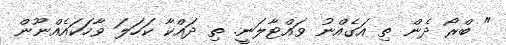
" ބްރޯ ދެން ތި އަގެއްނު ވައްޓާލަނީ. ތި ދައްކާ ކަހަލަ ވާހަކައެއްނޫން